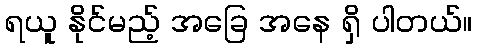
ရယူ နိုင်မည့် အခြေ အနေ ရှိ ပါတယ်။